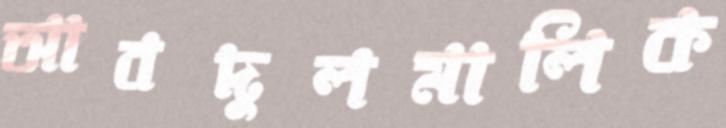
আবদুলমালিক